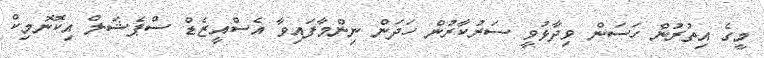
މީގެ އިތުރުން ހަސަން ވިދާޅުވީ ސަރުކާރުން ހަދަން ނިންމާފައިވާ އެސްއީޒެޑް ސްޕެޝަލް އިކޮނޮމިކް